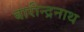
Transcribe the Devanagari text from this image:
बारीन्द्रनाथ